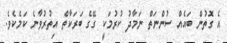
އެ ގޮތުން ބައެއް ސުންނަތް ނަމާދު ކުރުމަކީ ގޭގެ ބަރަކާތް އިތުރުވާނެ ކަމެކެވެ.